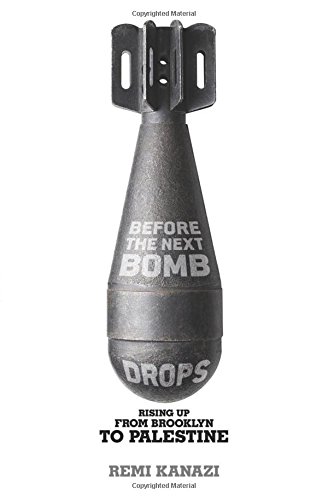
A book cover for Before the Next Bomb Drops: Rising Up from Brooklyn to Palestine; Remi Kanazi; Law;